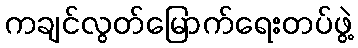
ကချင်လွတ်မြောက်ရေးတပ်ဖွဲ့